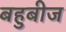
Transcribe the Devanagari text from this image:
बहुबीज